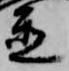
置